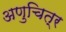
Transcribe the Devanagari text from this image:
अणुचित्र